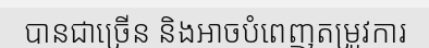
បានជាច្រើន និងអាចបំពេញតម្រូវការ